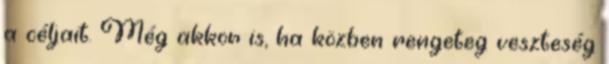
a céljait. Még akkor is, ha közben rengeteg veszteség